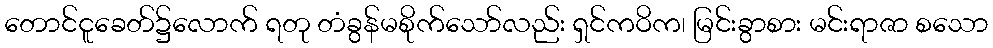
တောင်ငူခေတ်၌လောက် ရတု တံခွန်မစိုက်သော်လည်း ရှင်ကဝိက၊ မြင်းခွာစား မင်းရာဇာ စသော